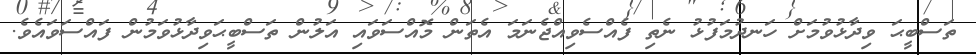
ތަސްބީޙަ ވިދާޅުވުމަށް ހަނދުމަފުޅު ނެތި ފެއްސެވިއްޖެނަމަ އެތަން މޮއްސަވައި އަލުން ތަސްބީޙަވިދާޅުވަމުން ފައްސަވައެވެ.